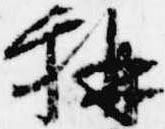
称